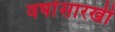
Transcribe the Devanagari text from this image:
वर्षासारखी